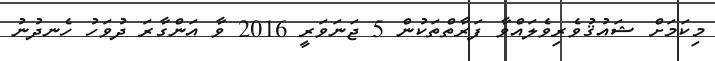
މިކަމަށް ޝައުޤުވެރިވެލައްވާ ފަރާތްތަކުން 5 ޖަނަވަރީ 2016 ވާ އަންގާރަ ދުވަހު ހެނދުނު